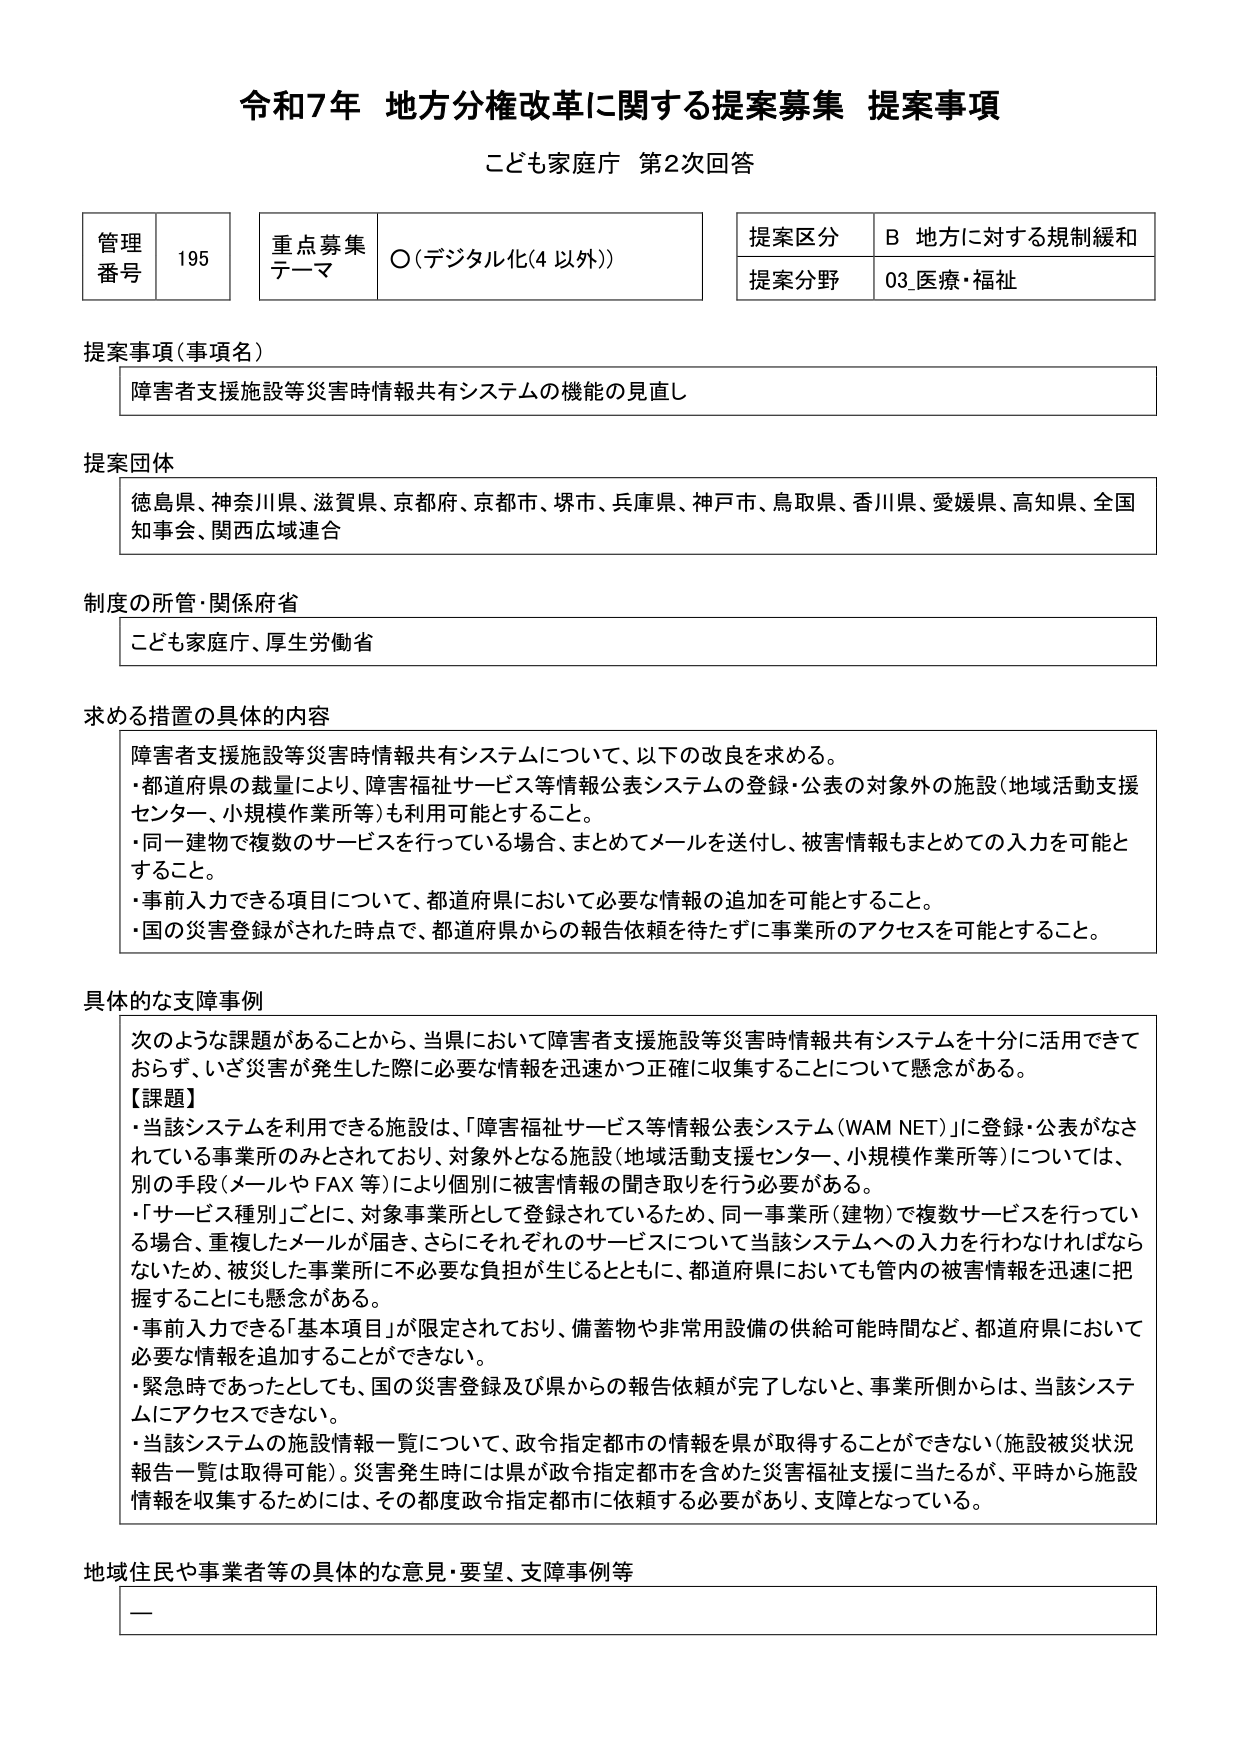
令和7年 地方分権改革に関する提案募集 提案事項
こども家庭庁 第2次回答

管理番号 195
重点募集テーマ ○（デジタル化（4 以外））
提案区分 B 地方に対する規制緩和
提案分野 03_医療・福祉

提案事項（事項名）
障害者支援施設等災害時情報共有システムの機能の見直し

提案団体
徳島県、神奈川県、滋賀県、京都府、京都市、堺市、兵庫県、神戸市、鳥取県、香川県、愛媛県、高知県、全国知事会、関西広域連合

制度の所管・関係府省
こども家庭庁、厚生労働省

求める措置の具体的内容
障害者支援施設等災害時情報共有システムについて、以下の改良を求める。
・都道府県の裁量により、障害福祉サービス等情報公表システムの登録・公表の対象外の施設（地域活動支援センター、小規模作業所等）も利用可能とすること。
・同一建物で複数のサービスを行っている場合、まとめてメールを送付し、被害情報もまとめての入力を可能とすること。
・事前入力できる項目について、都道府県において必要な情報の追加を可能とすること。
・国の災害登録がされた時点で、都道府県からの報告依頼を待たずに事業所のアクセスを可能とすること。

具体的な支障事例
次のような課題があることから、当県において障害者支援施設等災害時情報共有システムを十分に活用できておらず、いざ災害が発生した際に必要な情報を迅速かつ正確に収集することについて懸念がある。
【課題】
・当該システムを利用できる施設は、「障害福祉サービス等情報公表システム（WAM NET）」に登録・公表がなされている事業所のみとされており、対象外となる施設（地域活動支援センター、小規模作業所等）については、別の手段（メールやFAX等）により個別に被害情報の聞き取りを行う必要がある。
・「サービス種別」ごとに、対象事業所として登録されているため、同一事業所（建物）で複数サービスを行っている場合、重複した施設が届き、さらにそれぞれのサービスについて当該システムへの入力を行わなければならないため、被災した事業所に不必要な負担が生じるとともに、都道府県においても管内の被害情報を迅速に把握することにも懸念がある。
・事前入力できる「基本項目」が限定されており、備蓄物や非常用設備の供給可能時間など、都道府県において必要な情報を追加することができない。
・緊急時であったとしても、国の災害登録及び県からの報告依頼が完了しないと、事業所側からは、当該システムにアクセスできない。
・当該システムの施設情報一覧について、政令指定都市の情報を県が取得することができない（施設被災状況報告一覧は取得可能）。災害発生時には県が政令指定都市を含めた災害福祉支援に当たるが、平時から施設情報を収集するためには、その都度政令指定都市に依頼する必要があり、支障となっている。

地域住民や事業者等の具体的な意見・要望、支障事例等
ー